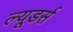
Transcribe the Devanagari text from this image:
ल्यूडर्स